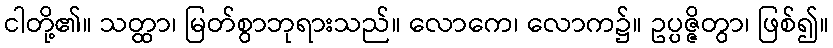
ငါတို့၏။ သတ္ထာ၊ မြတ်စွာဘုရားသည်။ လောကေ၊ လောက၌။ ဥပ္ပဇ္ဇိတွာ၊ ဖြစ်၍။